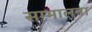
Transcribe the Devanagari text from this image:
सम्भालना